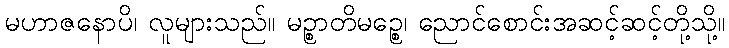
မဟာဇနောပိ၊ လူများသည်။ မဉ္စာတိမဉ္စေ၊ ညောင်စောင်းအဆင့်ဆင့်တို့သို့။